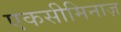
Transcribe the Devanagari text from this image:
एकसीमिनाज़